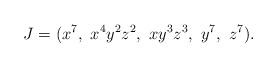
LaTeX: \begin{align*} J = (x^{7}, \ x^4 y^2 z^2, \ x y^3 z^3, \ y^{7}, \ z^{7}).\end{align*}